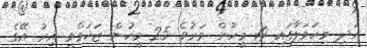
އަދި މިހަމަލާގައި 19 މީހުން މަރުވެ 25 މީހުން ޒަޚަމްވީ އިރު އޭގެ